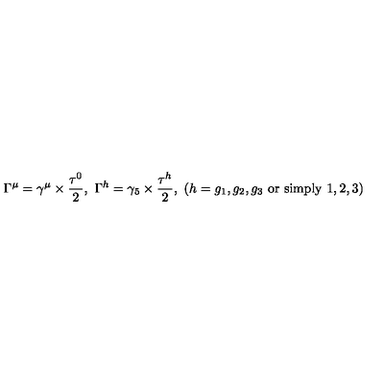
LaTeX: \Gamma ^ { \mu } = \gamma ^ { \mu } \times \frac { \tau ^ { 0 } } { 2 } , \ \Gamma ^ { h } = \gamma _ { 5 } \times \frac { \tau ^ { h } } { 2 } , \ ( h = g _ { 1 } , g _ { 2 } , g _ { 3 } \mathrm { \ o r \ s i m p l y \ } 1 , 2 , 3 )